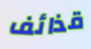
قذائف